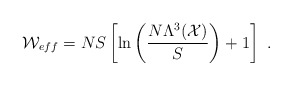
\begin{align*} {\cal W}_{\small{eff}}=NS\left[\ln \left(N\Lambda^3 ({\cal X})\over S\right)+1\right]~.\end{align*}